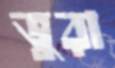
ভুরা